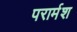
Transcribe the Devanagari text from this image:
परार्मश